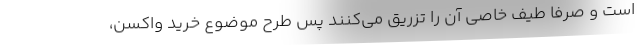
است و صرفاً طیف خاصی آن را تزریق می‌کنند پس طرح موضوع خرید واکسن،